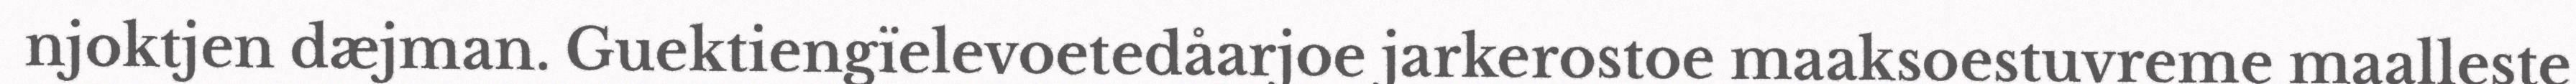
njoktjen dæjman. Guektiengïelevoetedåarjoe jarkerostoe maaksoestuvreme maalleste